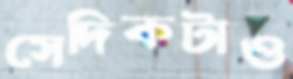
সেদিকটাও